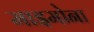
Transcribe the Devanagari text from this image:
माइमोना